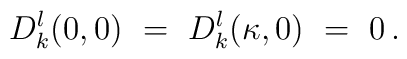
D_k^l(0 , 0)\ = \ D_k^l( \kappa , 0 ) \ = \ 0\, .